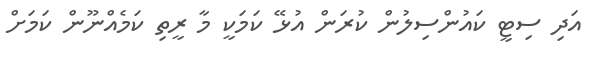
އަދި ސިޓީ ކައުންސިލުން ކުރަން އުޅޭ ކަމަކީ މާ ރީތި ކަމެއްނޫން ކަމަށް